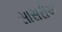
સાસરીએ